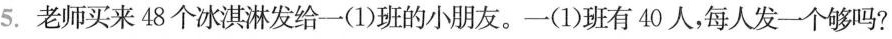
5.老师买来48个冰淇淋发给一(1)班的小朋友。一(1)班有40人，每人发一个够吗?